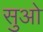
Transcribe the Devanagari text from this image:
सुओ